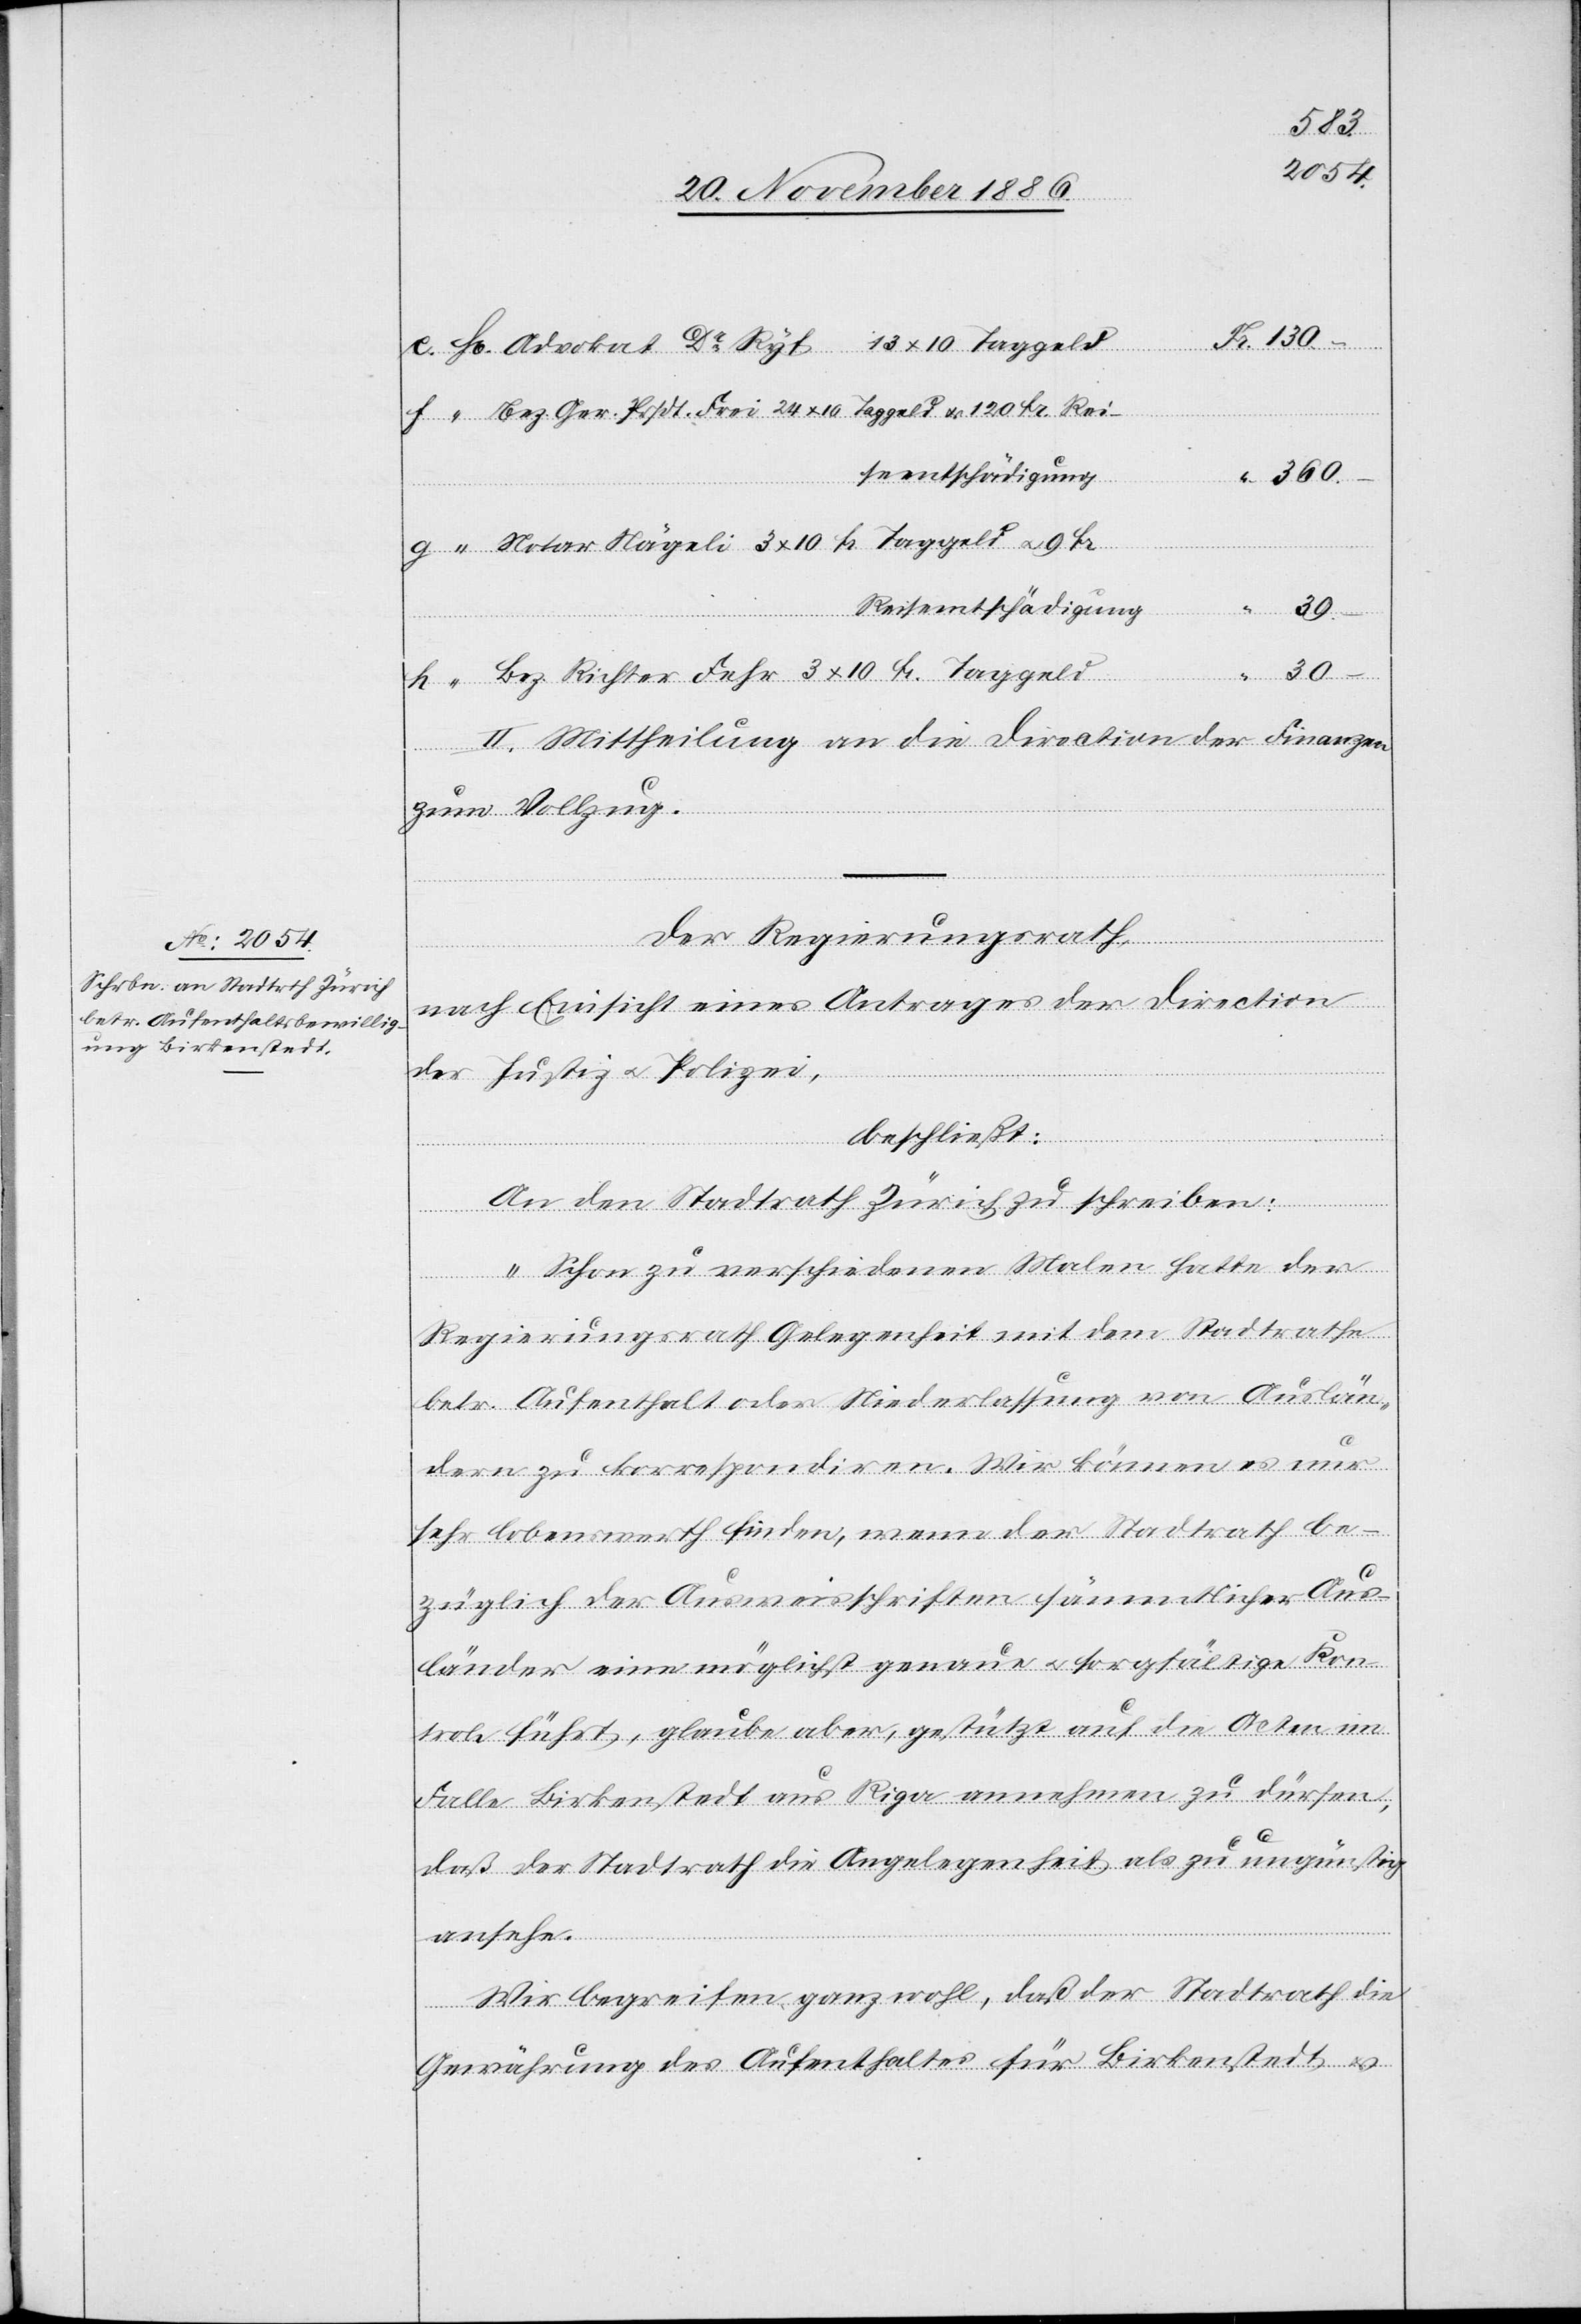
30.–
Bez. Ger. Prsdt. Frei 24 x 10 Taggeld & 120 Fr. Rei¬
seentschädigung
“
Notar Nägeli 3 x 10 Fr. Taggeld & 9 Fr.
Reiseentschädigung
Bez. Richter Fehr 3 x 10 Fr. Taggeld
II. Mittheilung an die Direction der Finanzen
H[errn]
zum Vollzug.
Der Regierungsrath,
nach Einsicht eines Antrages der Direction
der Justiz & Polizei,
beschließt:
An den Stadtrath Zürich zu schreiben:
„Schon zu verschiedenen Malen hatte der
Regierungsrath Gelegenheit mit dem Stadtrathe
betr. Aufenthalt oder Niederlassung von Auslän¬
dern zu korrespondiren. Wir können es nur
sehr lobenswerth finden, wenn der Stadtrath be¬
züglich der Ausweisschriften sämmtlicher Aus¬
länder eine möglichst genaue & sorgfältige Kon¬
trole führt, glaube[n] aber, gestützt auf die Acten im
Falle Birkenstedt aus Riga annehmen zu dürfen,
daß der Stadtrath die Angelegenheit als zu ungünstig
ansehe.
Wir begreifen ganz wohl, daß der Stadtrath die
Gewährung des Aufenthaltes für Birkenstedt &